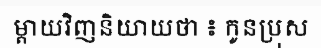
ម្តាយវិញនិយាយថា ៖ កូនប្រុស